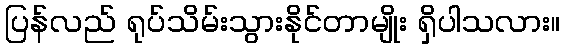
ပြန်လည် ရုပ်သိမ်းသွားနိုင်တာမျိုး ရှိပါသလား။